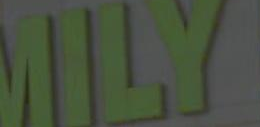
IIY